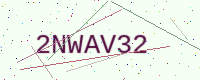
Text: 2NWAV32